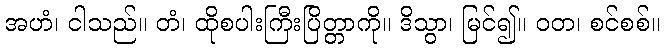
အဟံ၊ ငါသည်။ တံ၊ ထိုစပါးကြီးပြိတ္တာကို။ ဒိသွာ၊ မြင်၍။ ဝတ၊ စင်စစ်။